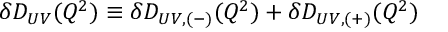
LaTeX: \delta D _ { U V } ( Q ^ { 2 } ) \equiv \delta D _ { U V , ( - ) } ( Q ^ { 2 } ) + \delta D _ { U V , ( + ) } ( Q ^ { 2 } )